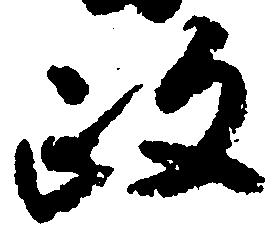
政